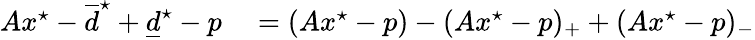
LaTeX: \begin{array}{rl}{Ax^{\star}-\overline{d}^{\star}+\underline{d}^{\star}-p}&{{}=(Ax^{\star}-p)-(Ax^{\star}-p)_{+}+(Ax^{\star}-p)_{-}}\end{array}